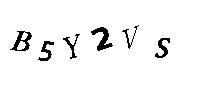
BSY2VS